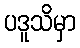
ပဒူသိမှာ